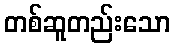
တစ်ဆူတည်းသော